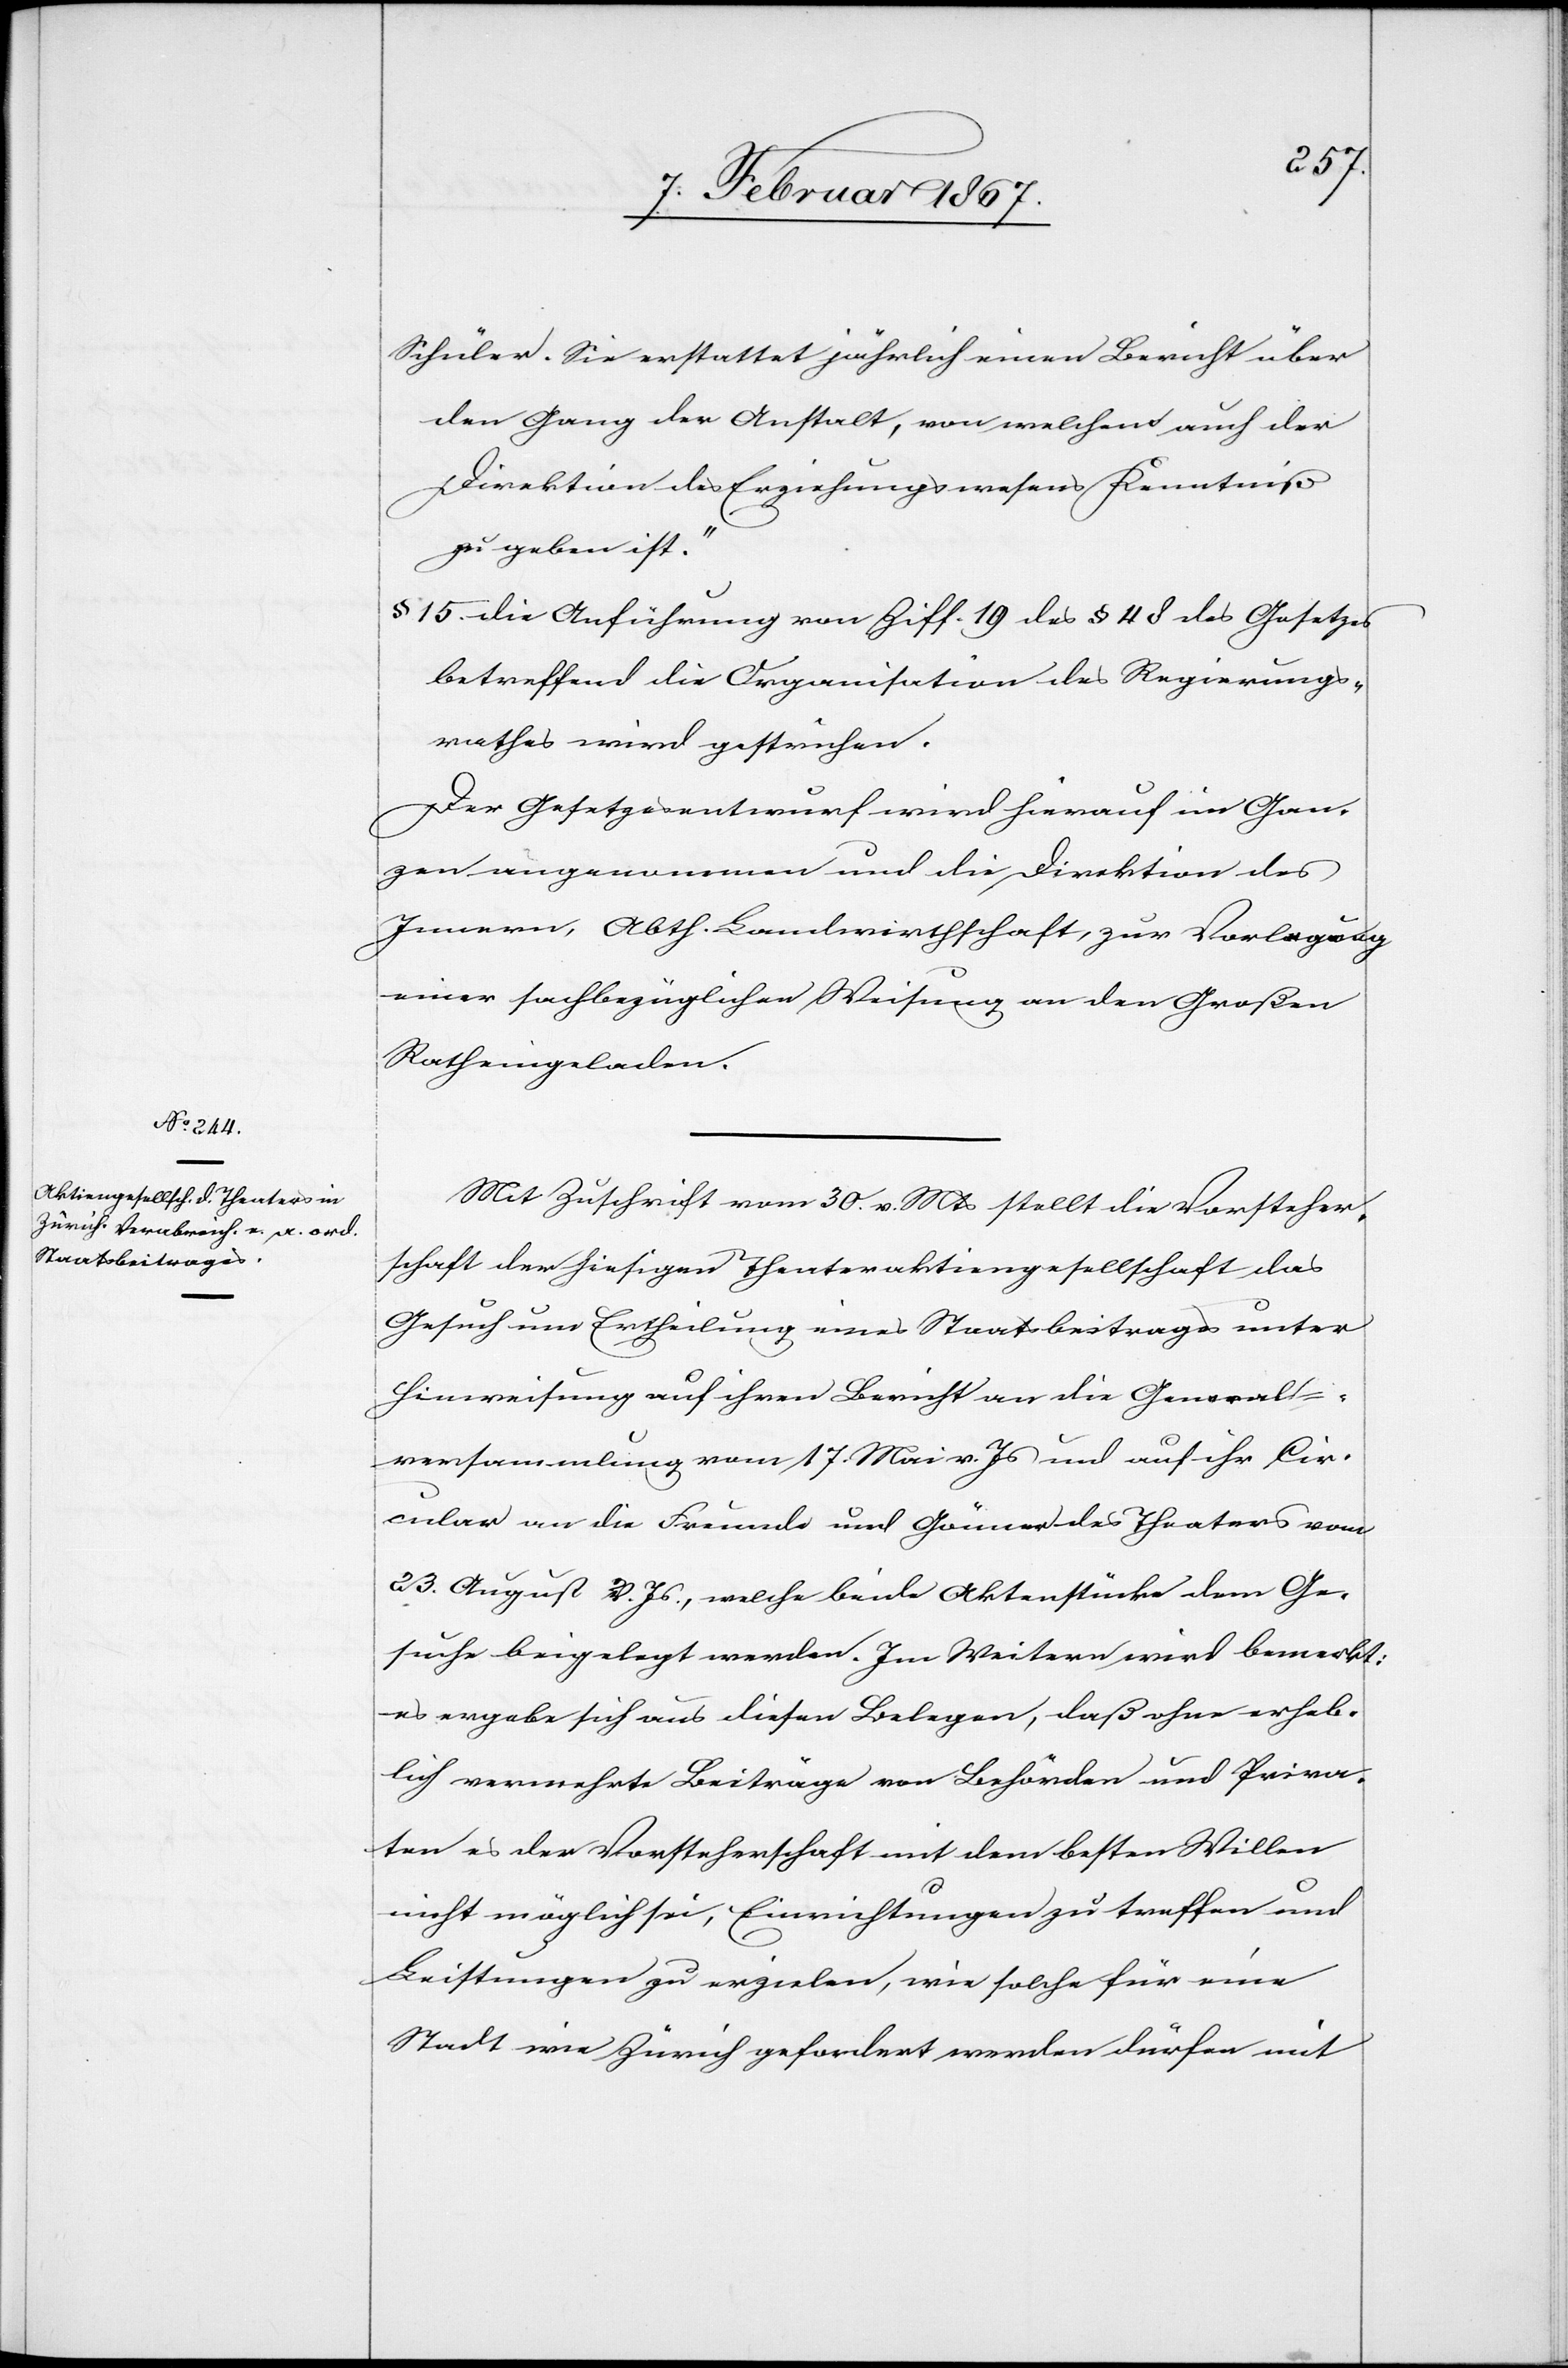
Schüler. Sie erstattet jährlich einen Bericht über
den Gang der Anstalt, von welchem auch der
Direktion des Erziehungswesens Kenntniß
zu geben ist.“
§ 15 die Anführung von Ziff. 19 des § 4 des Gesetzes
betreffend die Organisation des Regierungs¬
rathes wird gestrichen.
Der Gesetzesentwurf wird hierauf im Gan¬
zen angenommen und die Direktion des
Innern, Abth. Landwirthschaft, zur Vorlegung
einer sachbezüglichen Weisung an den Großen
Rath eingeladen.
Mit Zuschrift vom 30. v. Mts stellt die Vorsteher¬
schaft der hiesigen Theateraktiengesellschaft das
Gesuch um Ertheilung eines Staatsbeitrages unter
Hinweisung auf ihren Bericht an die General¬
versammlung vom 17. Mai v. Js und auf ihr Cir¬
cular an die Freunde und Gönner des Theaters vom
23. August v. Js., welche beide Aktenstücke dem Ge¬
suche beigelegt werden. Im Weitern wird bemerkt:
es ergebe sich aus diesen Belegen, daß ohne erheb¬
lich vermehrte Beiträge von Behörden und Priva¬
ten es der Vorsteherschaft mit dem besten Willen
nicht möglich sei, Einrichtungen zu treffen und
Leistungen zu erzielen, wie solche für eine
Stadt wie Zürich gefordert werden dürfen mit